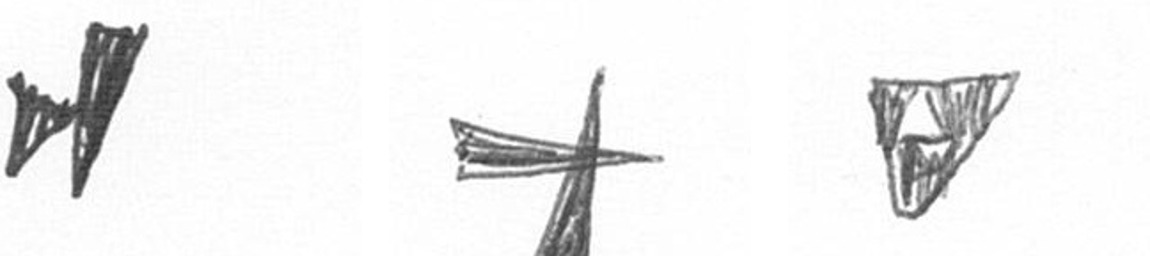
M G S